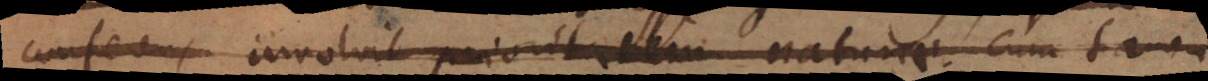
conferens involvit prioritatem naturae; cum tamen